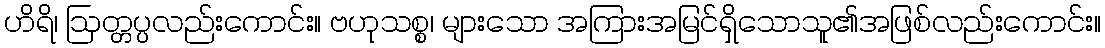
ဟိရိ၊ ဩတ္တပ္ပလည်းကောင်း။ ဗဟုသစ္စ၊ များသော အကြားအမြင်ရှိသောသူ၏အဖြစ်လည်းကောင်း။